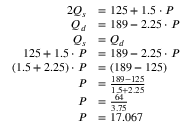
{ \begin{array} { r l } { { 2 } Q _ { s } } & { = 1 2 5 + 1 . 5 \cdot P } \\ { Q _ { d } } & { = 1 8 9 - 2 . 2 5 \cdot P } \\ { Q _ { s } } & { = Q _ { d } } \\ { 1 2 5 + 1 . 5 \cdot P } & { = 1 8 9 - 2 . 2 5 \cdot P } \\ { ( 1 . 5 + 2 . 2 5 ) \cdot P } & { = ( 1 8 9 - 1 2 5 ) } \\ { P } & { = { \frac { 1 8 9 - 1 2 5 } { 1 . 5 + 2 . 2 5 } } } \\ { P } & { = { \frac { 6 4 } { 3 . 7 5 } } } \\ { P } & { = 1 7 . 0 6 7 } \end{array} }